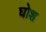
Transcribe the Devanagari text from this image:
घोश